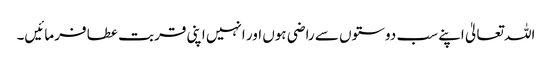
اللہ تعالیٰ اپنے سب دوستوں سے راضی ہوں اور انہیں اپنی قربت عطا فرمائیں۔